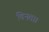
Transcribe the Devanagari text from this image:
विनता।